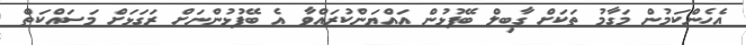
އެހެންކަމުން މަގާމު ތަކަށް ގާބިލް ބޭފުޅުން އައްޔަންކުރައްވާ އެ ބޭފުޅުންނަށް ރަގަޅަށް މަސައްކަތް